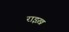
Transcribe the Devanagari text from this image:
राइख़